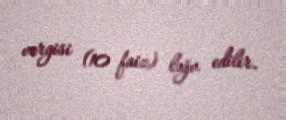
vergisi (10 faiz) ləğv edilir.